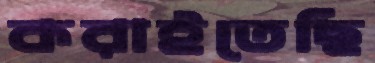
করাইতেছি